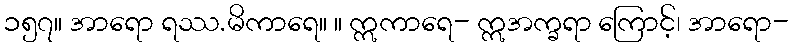
၁၅၇။ အာရော ရဿ.မိကာရေ။ ။ ဣကာရေ- ဣအက္ခရာ ကြောင့်၊ အာရော-